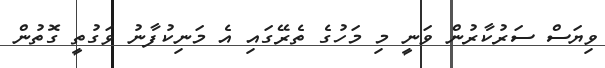
ވިޔަސް ސަރުކާރުން ވަނީ މި މަހުގެ ތެރޭގައި އެ މަނިކުފާނު ވަގުތީ ގޮތުން